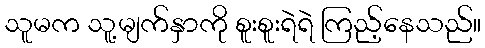
သူမက သူ့မျက်နှာကို စူးစူးရဲရဲ ကြည့်နေသည်။